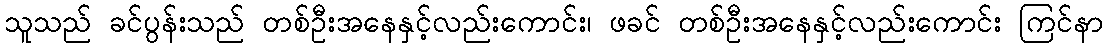
သူသည် ခင်ပွန်းသည် တစ်ဦးအနေနှင့်လည်းကောင်း၊ ဖခင် တစ်ဦးအနေနှင့်လည်းကောင်း ကြင်နာ